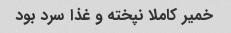
خمیر کاملا نپخته و غذا سرد بود